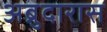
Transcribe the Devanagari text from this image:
अब्रुदारास